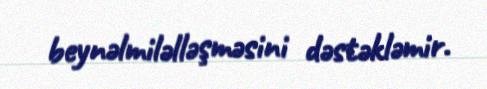
beynəlmiləlləşməsini dəstəkləmir.